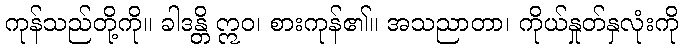
ကုန်သည်တို့ကို။ ခါဒန္တိ ဣဝ၊ စားကုန်၏။ အသညာတာ၊ ကိုယ်နှုတ်နှလုံးကို